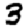
Digit: 3